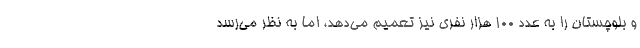
و بلوچستان را به عدد ۱۰۰ هزار نفري نيز تعميم مي‌دهد، اما به نظر مي‌رسد